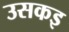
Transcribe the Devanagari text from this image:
उसकइ